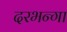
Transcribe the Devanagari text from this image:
दरभन्गा